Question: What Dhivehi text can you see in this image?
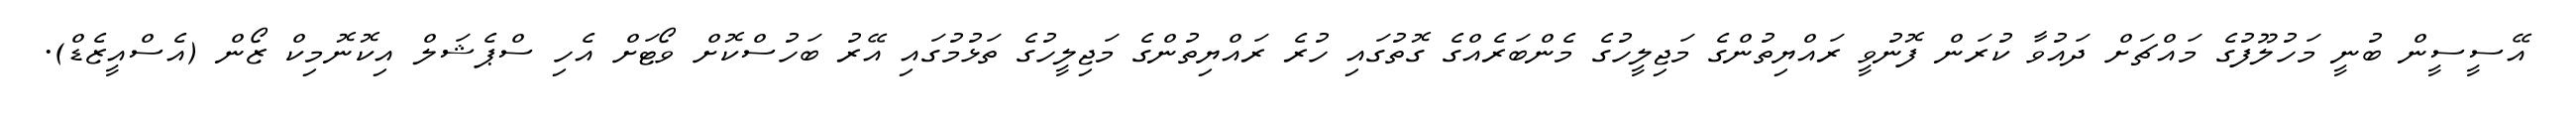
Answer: އޭސީސީން ބުނީ މަހުލޫފުގެ މައްޗަށް ދައުވާ ކުރަން ފޮނުވީ ރައްޔިތުންގެ މަޖިލީހުގެ މެންބަރެއްގެ ގޮތުގައި ހުރެ ރައްޔިތުންގެ މަޖިލީހުގެ ތަޅުމުގައި އޭރު ބަހުސްކޮށް ވޯޓަށް އެހި ސްޕެޝަލް އިކޮނޮމިކް ޒޯން (އެސްއީޒެޑް).